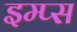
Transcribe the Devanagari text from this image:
इम्प्स